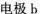
电极b